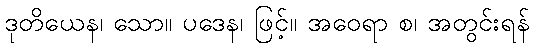
ဒုတိယေန၊ သော။ ပဒေန၊ ဖြင့်။ အဝေရာ စ၊ အတွင်းရန်